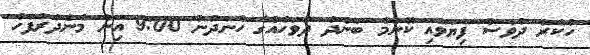
ހުކުރު ދުވަސް ފިޔަވައި ކޮންމެ ބަންދު ދުވަހެއްގެ ހެނދުނު 9:00 އިން މެންދުރުފަހު